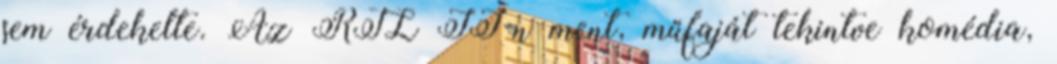
sem érdekelte. Az RTL II-n ment, műfaját tekintve komédia,